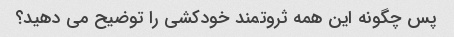
پس چگونه این همه ثروتمند خودکشی را توضیح می دهید؟